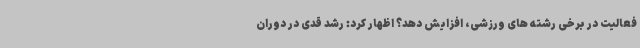
فعالیت در برخی رشته های ورزشی، افزایش دهد؟ اظهار کرد: رشد قدی در دوران